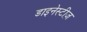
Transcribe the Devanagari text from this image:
डाइनेस्टीज़